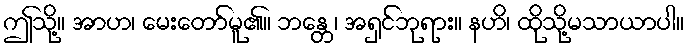
ဤသို့။ အာဟ၊ မေးတော်မူ၏။ ဘန္တေ၊ အရှင်ဘုရား။ နဟိ၊ ထိုသို့မသာယာပါ။